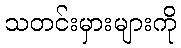
သတင်းမှားများကို